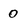
Character: 0